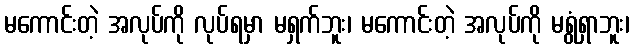
မကောင်းတဲ့ အလုပ်ကို လုပ်ရမှာ မရှက်ဘူး၊ မကောင်းတဲ့ အလုပ်ကို မရွံရှာဘူး၊